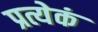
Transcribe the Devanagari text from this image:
प्रत्येकं